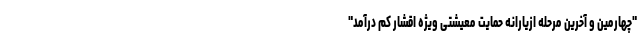
"چهارمین و آخرین مرحله ازیارانه حمایت معیشتی ویژه اقشار کم درآمد"